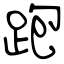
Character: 跑